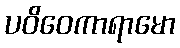
ပဝိဝေကာရာမော